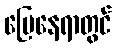
မြေနေရာတွင်